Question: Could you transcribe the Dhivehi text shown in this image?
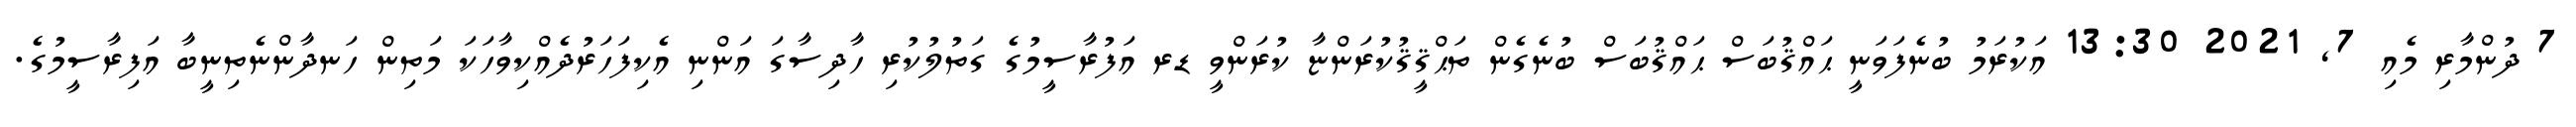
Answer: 7 ދުންމާރި މެއި 7, 2021 13:30 އަކުރަމު ބުނެފަވަނީ ޙައްޤުބަސް ޙައްޤުބަސް ބުނެގެން ތަޙްޤީޤުކުރަންޏާ ކުރަންވީ ޑރ އަފުރާސީމުގެ ގަތުލުކުރި ހާދިސާގަ އަންނި އެކިފަހަރުދެއްކިވާހަކަ މަތިން ހަނދާންނެތިނީބާ އަފިރާސީމުގެ.